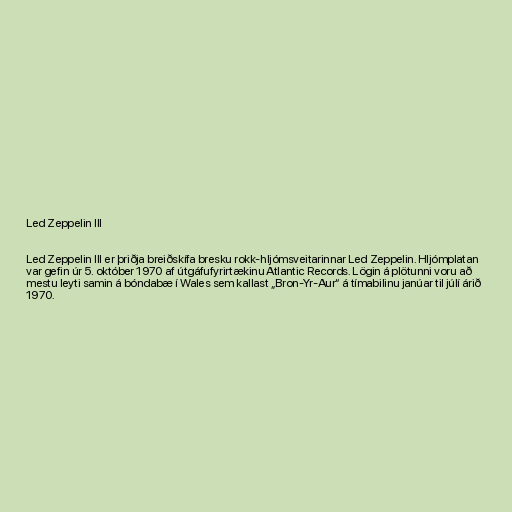
Led Zeppelin III

Led Zeppelin III er þriðja breiðskífa bresku rokk-hljómsveitarinnar Led Zeppelin. Hljómplatan
var gefin úr 5. október 1970 af útgáfufyrirtækinu Atlantic Records. Lögin á plötunni voru að
mestu leyti samin á bóndabæ í Wales sem kallast „Bron-Yr-Aur“ á tímabilinu janúar til júlí árið
1970.